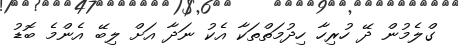
ގްލެމުން ދޭ ހުރިހާ ހިދުމަތްތަކާ އެކު ނަދާ އަށް ލިބޭ އެންމެ ބޮޑު